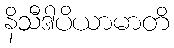
နိသီဒါပိယာမာတိ